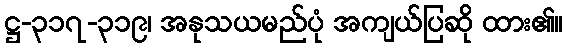
ဋ္ဌ-၃၁၇-၃၁၉၊ အနုသယမည်ပုံ အကျယ်ပြဆို ထား၏။